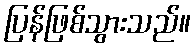
ပြန်ဖြစ်သွားသည်။